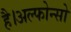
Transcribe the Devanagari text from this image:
है।अल्फोन्सो